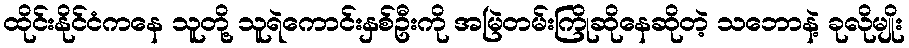
ထိုင်းနိုင်ငံကနေ သူတို့ သူရဲကောင်းနှစ်ဦးကို အမြဲတမ်းကြိုဆိုနေဆိုတဲ့ သဘောနဲ့ ခုလိုမျိုး